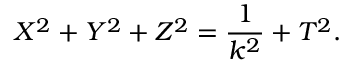
X ^ { 2 } + Y ^ { 2 } + Z ^ { 2 } = { \frac { 1 } { { k } ^ { 2 } } } + T ^ { 2 } .